Enquiry on enteric fever in India - Number 32
Disease focus: Fever
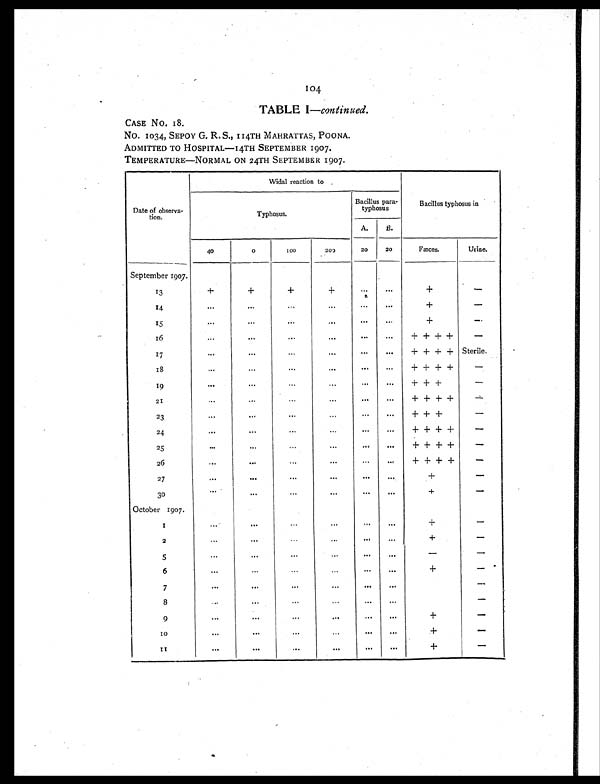
104
TABLE I —continued.
CASE NO. 18.
NO. 1034, SEPOY G. R. S., 114TH MAHRATTAS, POONA.
ADMITTED TO HOSPITAL—14TH SEPTEMBER 1907.
TEMPERATURE—NORMAL ON 24TH SEPTEMBER 1907.
Date of observa-
tion.
Widal reaction to
Bacillus typhosus in
Typhosus.
Bacillus para-
typhosus
A.
B.
40
0
100
200
20
20
Fæces.
Urine.
September 1907.
13
+
+
+
+
...
...
+
-
14
...
...
. . .
. . .
...
. . .
+
-
1 5
... ...
...
...
. . .
...
+
-
16
... ...
. . . ...
. . .
...
++++
-
1 7
...
... . . .
. . .
. . .
. . .
+ + + + Sterile.
1 8
...
... . . . ...
. . .
. . .
+ + + +
-
19
... ...
. . .
. . .
. . .
...
+ + +
-
21
. . .
...
. . .
. . .
. . .
. . .
+ + + +
-
23
..
.
... . . .
. . .
. . .
...
+++
-
24
... ...
. . .
. . .
. . .
...
+ + + +
-
25
...
...
. . .
. . .
. . .
...
++++
-
26
... ...
. . . ...
. . .
...
+ + + +
-
27
... ...
. . .
. . .
. . .
...
+
-
30
...
...
. . .
. . .
. . .
...
+
-
October 1907.
1
...
...
. . .
. . .
. . .
...
+
-
2
... ...
. . .
. . .
. . .
...
+
-
5
... ...
...
. . .
. . .
...
-
-
6
... ...
. . .
. . .
. . .
...
+
_
7
...
...
...
. . .
. . .
. . .
-
8
....
... . . .
. . .
...
...
-
9
...
...
. . .
. . .
. . .
. . .
+
-
1 0
. . .
. . .
...
. . .
. . .
. . .
+
-
1 1
. . .
. . .
. . .
. . .
. . .
. . .
+
-